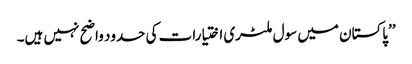
’’پاکستان میں سول ملٹری اختیارات کی حدود واضح نہیں ہیں۔